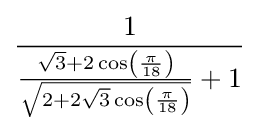
{\frac {1}{{\frac {{\sqrt {3}}+2\cos \left({\frac {\pi }{18}}\right)}{\sqrt {2+2{\sqrt {3}}\cos \left({\frac {\pi }{18}}\right)}}}+1}}